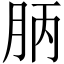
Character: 𣍪